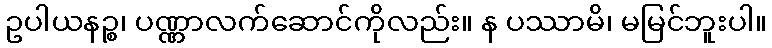
ဥပါယနဉ္စ၊ ပဏ္ဏာလက်ဆောင်ကိုလည်း။ န ပဿာမိ၊ မမြင်ဘူးပါ။